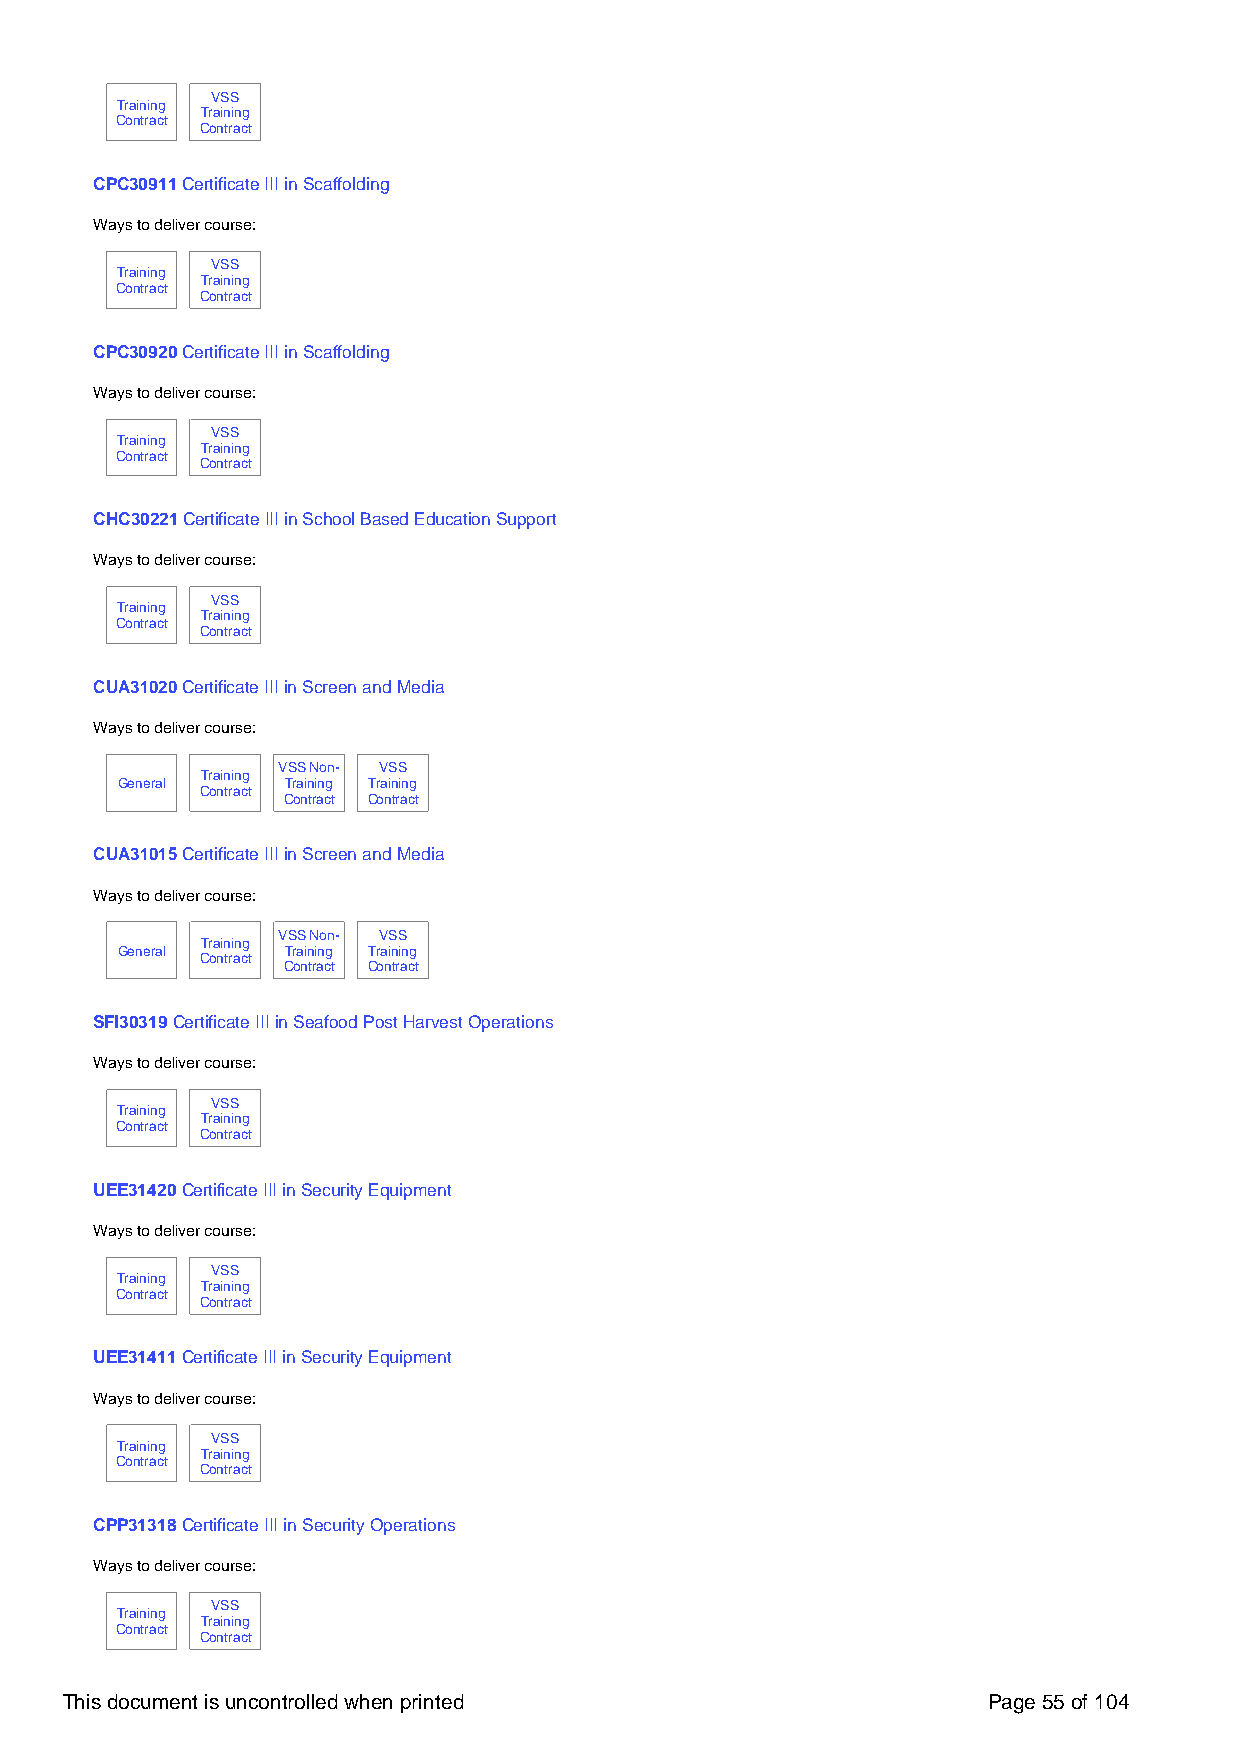
VSS
 Training
 Training
 Contract
 Contract
 CPC30911 Certificate III in Scaffolding
 Ways to deliver course:
 VSS
 Training
 Training
 Contract
 Contract
 CPC30920 Certificate III in Scaffolding
 Ways to deliver course:
 VSS
 Training
 Training
 Contract
 Contract
 CHC30221 Certificate III in School Based Education Support
 Ways to deliver course:
 VSS
 Training
 Training
 Contract
 Contract
 CUA31020 Certificate III in Screen and Media
 Ways to deliver course:
 VSS Non- VSS
 Training
 General    Training Training
 Contract
 Contract Contract
 CUA31015 Certificate III in Screen and Media
 Ways to deliver course:
 VSS Non- VSS
 Training
 General    Training Training
 Contract
 Contract Contract
 SFI30319 Certificate III in Seafood Post Harvest Operations
 Ways to deliver course:
 VSS
 Training
 Training
 Contract
 Contract
 UEE31420 Certificate III in Security Equipment
 Ways to deliver course:
 VSS
 Training
 Training
 Contract
 Contract
 UEE31411 Certificate III in Security Equipment
 Ways to deliver course:
 VSS
 Training
 Training
 Contract
 Contract
 CPP31318 Certificate III in Security Operations
 Ways to deliver course:
 VSS
 Training
 Training
 Contract
 Contract
 This document is uncontrolled when printed                   Page 55 of 104